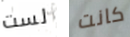
لست كانت